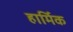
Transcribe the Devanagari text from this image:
हार्मिक